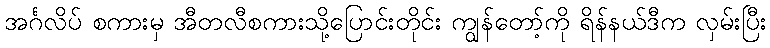
အင်္ဂလိပ် စကားမှ အီတလီစကားသို့ပြောင်းတိုင်း ကျွန်တော့်ကို ရိန်နယ်ဒီက လှမ်းပြီး